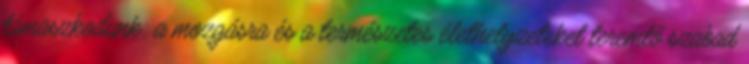
támaszkodunk: a mozgásra és a természetes élethelyzeteket teremtő szabad